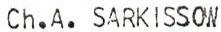
Ch.A. SARKISSOW